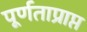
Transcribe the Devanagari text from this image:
पूर्णताप्राप्त